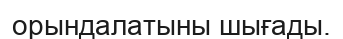
орындалатыны шығады.